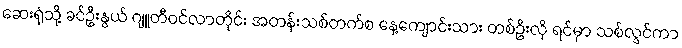
ဆေးရုံသို့ ခင်ဦးနွယ် ဂျူတီဝင်လာတိုင်း အတန်းသစ်တက်စ နေ့ကျောင်းသား တစ်ဦးလို ရင်မှာ သစ်လွင်ကာ